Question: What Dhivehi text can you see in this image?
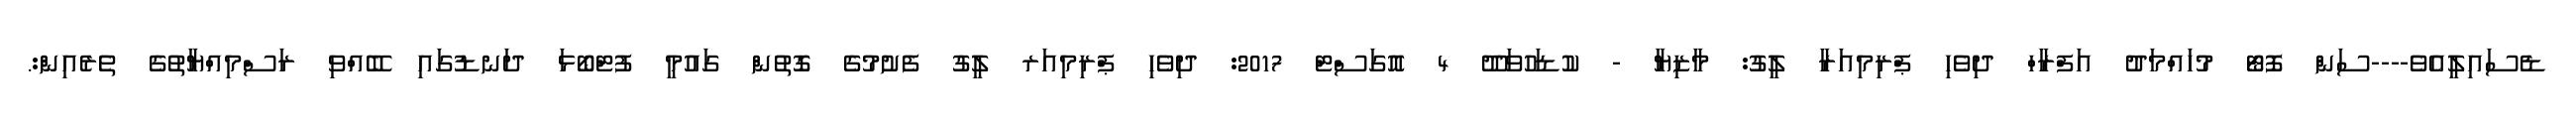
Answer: ޑެސައިލީއެވެ----ސަން ފޮޓޯ މުހައްމަދު އަފްރާހް ދިވެހި ޕްރިމިއަރާ ލީގު: މާޒިޔާ - ކުޑަހުވަދޫ 4 އޮގަސްޓް 2017: ދިވެހި ޕްރިމިއަރ ލީގު ފެށުމުގެ ގޮތުން ގައުމީ ފުޓްބޯޅަ ދަނޑުގައި ބޭއްވި ރަސްމިއްޔާތުގެ ތެރެއިން:.